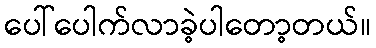
ပေါ်ပေါက်လာခဲ့ပါတော့တယ်။